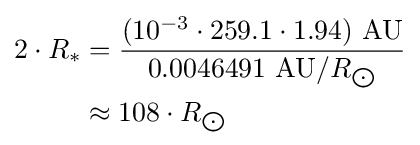
{\begin{aligned}2\cdot R_{*}&={\frac {(10^{-3}\cdot 259.1\cdot 1.94)\ {\text{AU}}}{0.0046491\ {\text{AU}}/R_{\bigodot }}}\\&\approx 108\cdot R_{\bigodot }\end{aligned}}